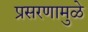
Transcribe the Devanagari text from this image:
प्रसरणामुळे